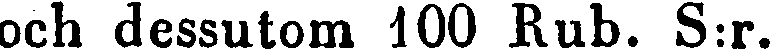
och dessutom 100 Rub. S:r.